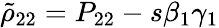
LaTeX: \tilde{\rho}_{22}=P_{22}-s\beta_{1}\gamma_{1}